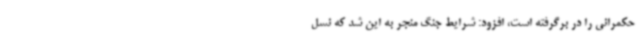
حکمرانی را در برگرفته است، افزود: شرایط جنگ منجر به این شد که نسل